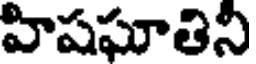
హిషఘాతిని